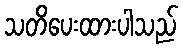
သတိပေးထားပါသည်